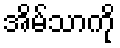
အိမ်သာကို